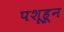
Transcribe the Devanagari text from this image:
पशूहून